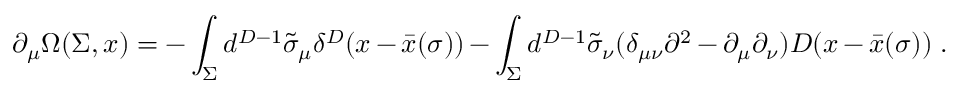
\partial _ { \mu } \Omega ( \Sigma , x ) = - \int _ { \Sigma } d ^ { D - 1 } \tilde { \sigma } _ { \mu } \delta ^ { D } ( x - \bar { x } ( \sigma ) ) - \int _ { \Sigma } d ^ { D - 1 } \tilde { \sigma } _ { \nu } ( \delta _ { \mu \nu } \partial ^ { 2 } - \partial _ { \mu } \partial _ { \nu } ) D ( x - \bar { x } ( \sigma ) ) \ .